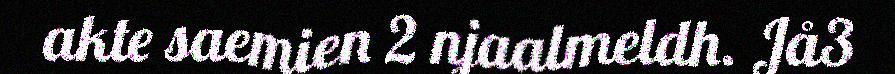
akte saemien 2 njaalmeldh. Jå3